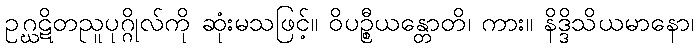
ဥဂ္ဃဋိတညူပုဂ္ဂိုလ်ကို ဆုံးမသဖြင့်။ ဝိပဉ္စီယန္တောတိ၊ ကား။ နိဒ္ဒိသိယမာနော၊